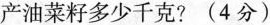
产油菜籽多少千克?(4分)